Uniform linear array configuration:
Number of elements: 64
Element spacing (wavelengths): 0.25
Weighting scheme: exponential
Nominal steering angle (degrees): -30
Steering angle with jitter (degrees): -30.408
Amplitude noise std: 0.05
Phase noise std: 0.05

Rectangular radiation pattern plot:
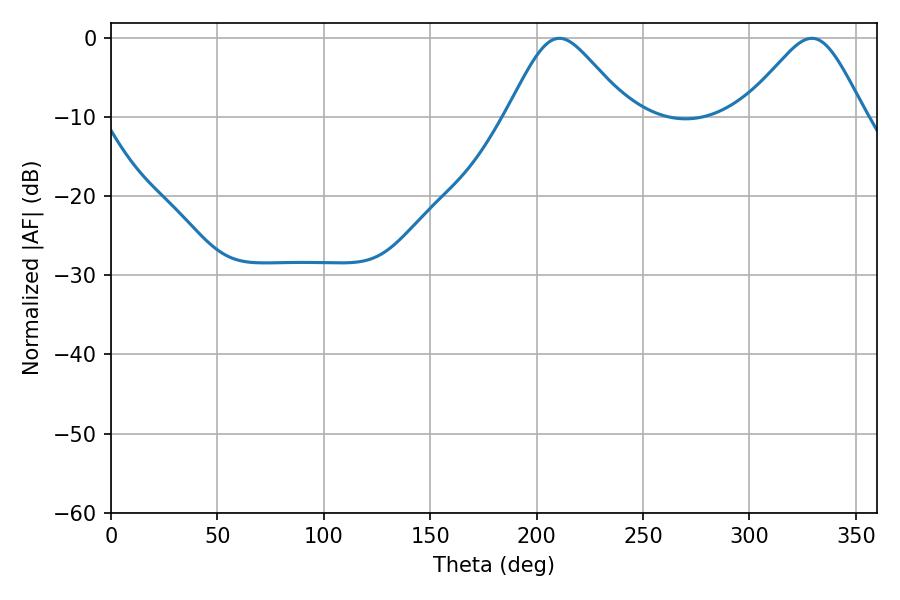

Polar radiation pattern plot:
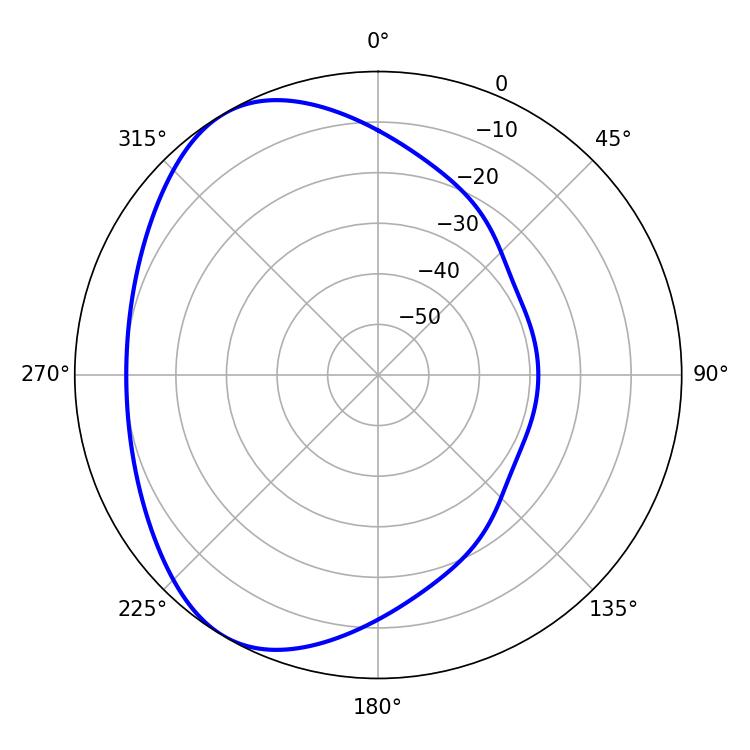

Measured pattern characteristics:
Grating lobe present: FALSE
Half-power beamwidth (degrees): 27.9
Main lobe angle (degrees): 210.6